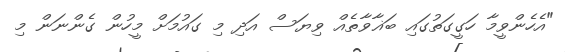
"އެހެންވީމާ ހަގީގަތުގައި ބަޣާވާތެއް ވިޔަސް އަދި މި ގައުމަށް މީހުން ގެންނަން މި